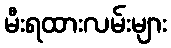
မီးရထားလမ်းများ